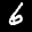
Label: 6